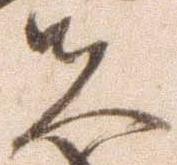
夫